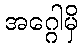
အဂ္ဂေါမှိ